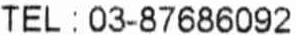
TEL : 03-87686092